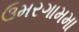
ઉમરગામમા